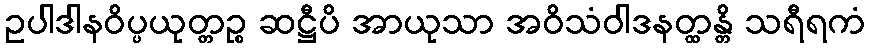
ဥပါဒါနဝိပ္ပယုတ္တဉ္စ ဆဋ္ဌီပိ အာယုသာ အဝိသံဝါဒနတ္ထန္တိ သရီရကံ